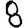
Digit: 8